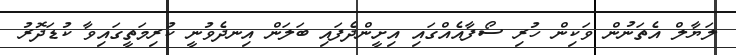
ލަޔާލް އެތަނުން ވަކިން ހުރި ސޯފާއެއްގައި އިށީންދެފައި ބަލަން އިނދެވުނީ ކުރިމަތީގައިވާ ކުޑަދޮރު